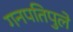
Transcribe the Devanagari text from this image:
गनपतिपुले